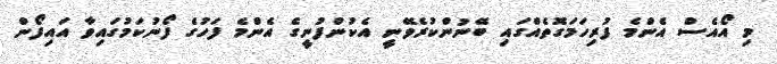
މި އޯއެސް އެންމެ ފުރިހަމަގޮތެއްގައި ބޭނުންކުރެވޭނީ އެކުންފުނީގެ އެންމެ ފަހުގެ ފޯނުކަމުގައިވާ އައިފޯން